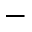
-